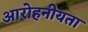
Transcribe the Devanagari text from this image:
आरोहनीयता